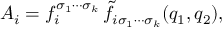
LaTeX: A _ { i } = f _ { i } ^ { \sigma _ { 1 } \cdots \sigma _ { k } } \, \tilde { f } _ { i \sigma _ { 1 } \cdots \sigma _ { k } } ( q _ { 1 } , q _ { 2 } ) ,